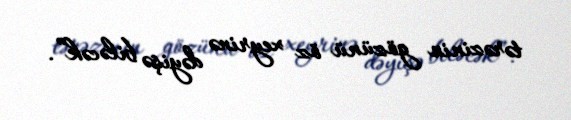
tərəzinin gözünü öz xeyrinə dəyişə biləcək”.